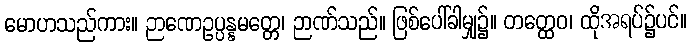
မောဟသည်ကား။ ဉာဏေဥပ္ပန္နမတ္တေ၊ ဉာဏ်သည်။ ဖြစ်ပေါ်ခါမျှ၌။ တတ္ထေဝ၊ ထိုအရပ်၌ပင်။